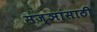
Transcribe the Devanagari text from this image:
संज्ञांसाठी